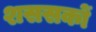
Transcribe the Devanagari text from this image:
शससकों